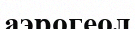
аэрогеол